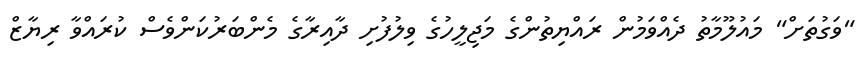
"ވަގުތަށް" މައުލޫމާތު ދެއްވަމުން ރައްޔިތުންގެ މަޖިލީހުގެ ވިލުފުށި ދާއިރާގެ މެންބަރުކަންވެސް ކުރައްވާ ރިޔާޒް